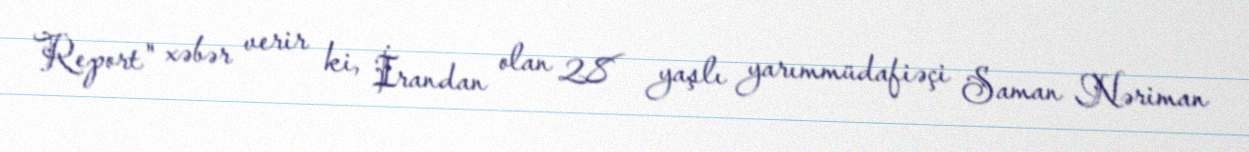
Report" xəbər verir ki, İrandan olan 28 yaşlı yarımmüdafiəçi Saman Nəriman